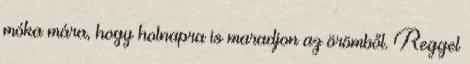
móka mára, hogy holnapra is maradjon az örömből. Reggel